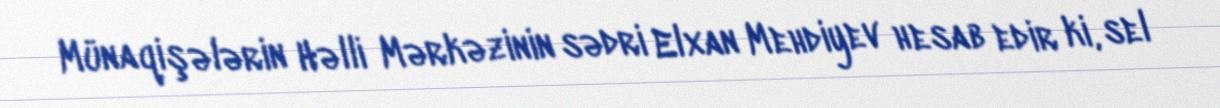
Münaqişələrin Həlli Mərkəzinin sədri Elxan Mehdiyev hesab edir ki, sel